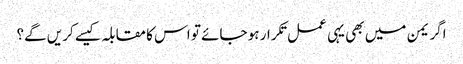
اگر یمن میں بھی یہی عمل تکرار ہو جائے تو اس کا مقابلہ کیسے کریں گے؟